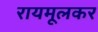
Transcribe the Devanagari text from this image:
रायमूलकर